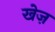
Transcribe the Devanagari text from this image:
खेज़